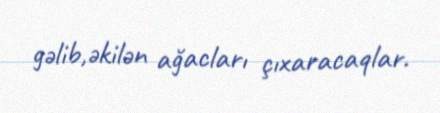
gəlib,əkilən ağacları çıxaracaqlar.